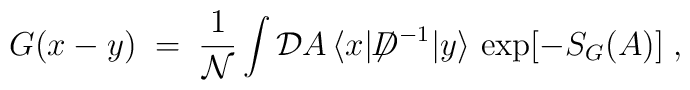
G(x-y) \;=\; \frac{1}{{\mathcal N}} \int {\mathcal D}A \,\langle x| {\not \!\! D}^{-1} |y \rangle \, \exp [ - S_G(A) ] \;,